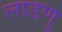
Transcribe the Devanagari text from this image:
लाडणु